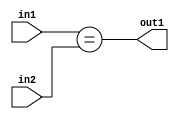
`timescale 1ps / 1ps
/*****************************************************************************
    Verilog RTL Description
    
    
    Created by: Stratus DpOpt 21.05.01 
*******************************************************************************/

module SobelFilter_Equal_5Ux4U_1U_4 (
	in2,
	in1,
	out1
	); /* architecture "behavioural" */ 
input [4:0] in2;
input [3:0] in1;
output  out1;
wire  asc001;

assign asc001 = (in1==in2);

assign out1 = asc001;
endmodule

/* CADENCE  ubDxTAw= : u9/ySxbfrwZIxEzHVQQV8Q== ** DO NOT EDIT THIS LINE ******/